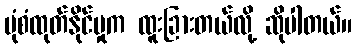
ပုံစံထုတ်နိုင်မှုက ထူးခြားတယ်လို့ ဆိုပါတယ်။